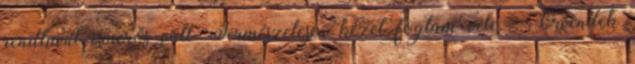
rendkívül ismerős volt. Természetesen kezet fogtam vele. - Örvendek